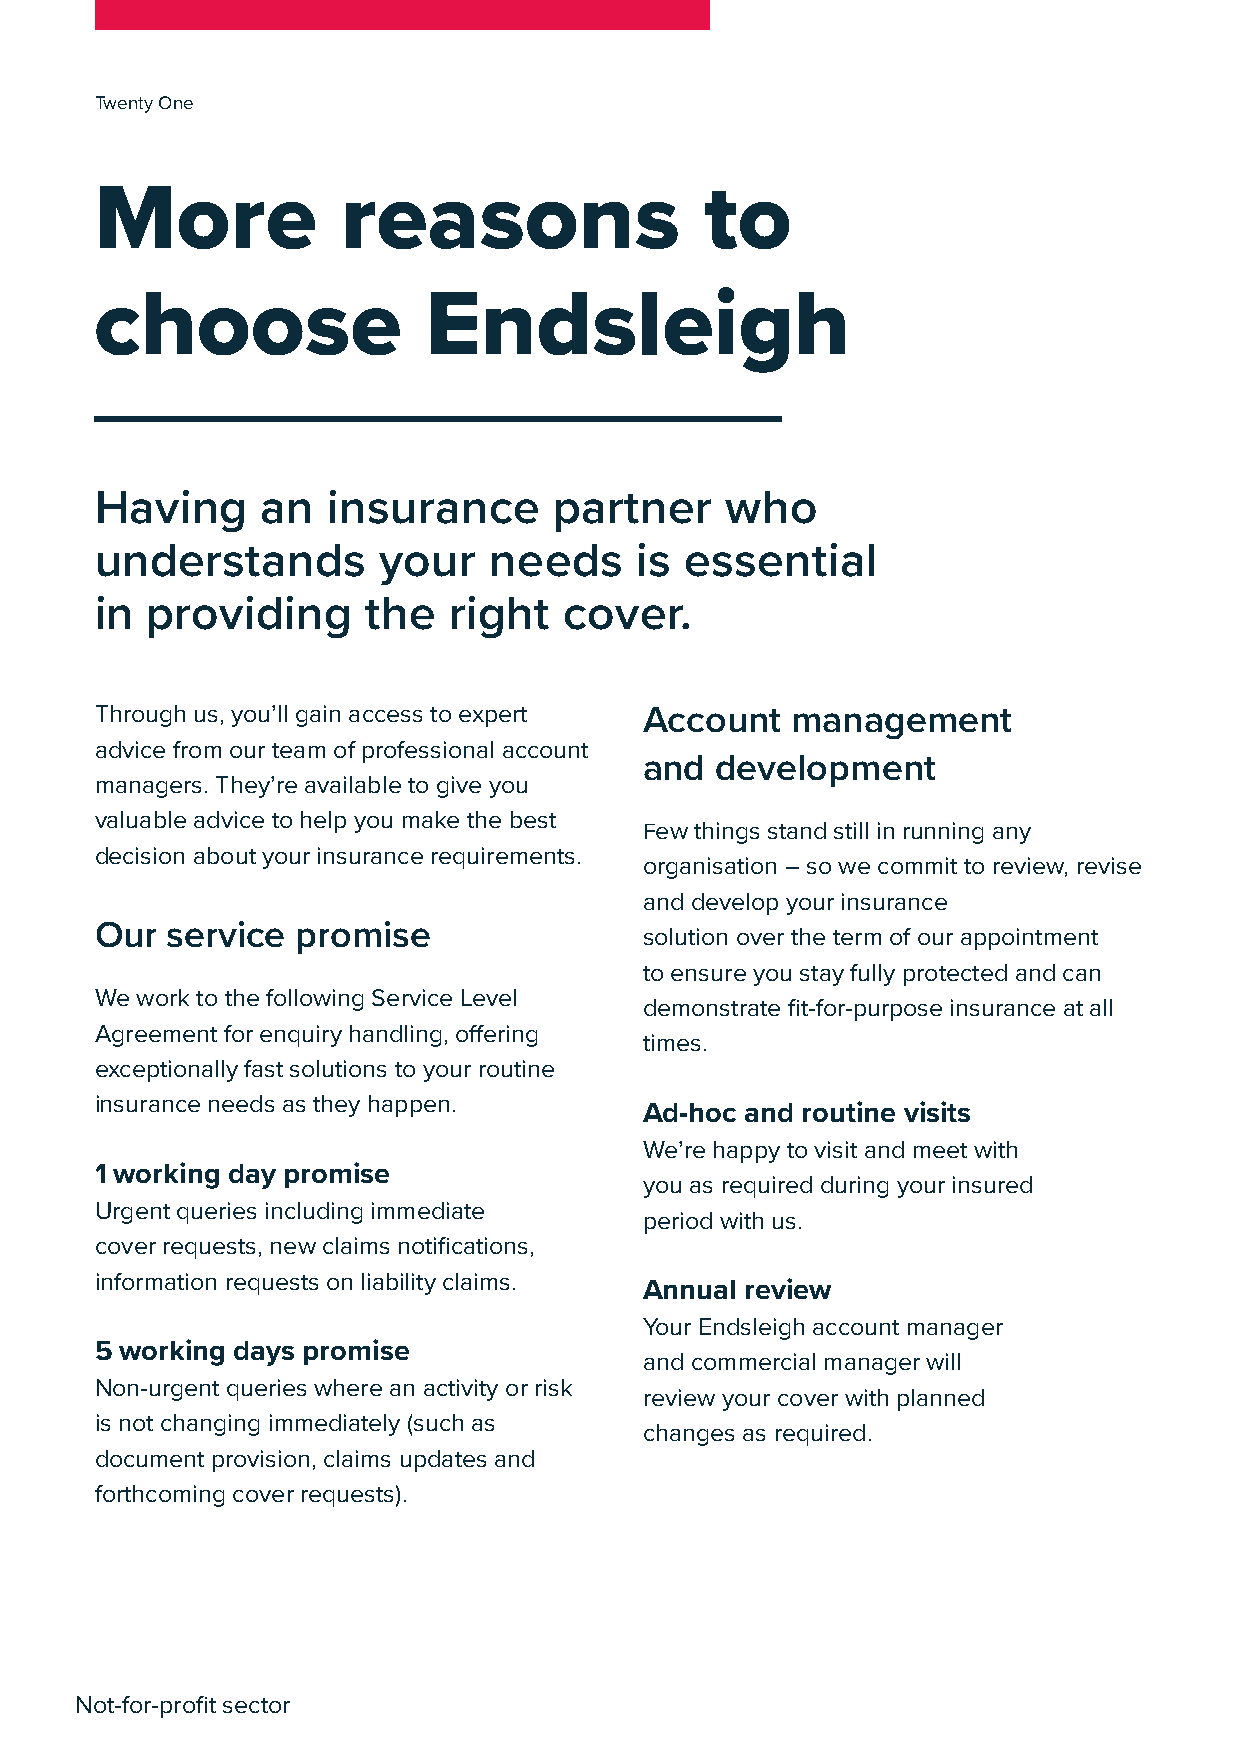
Twenty One
 More             reasons                 to
 choose                Endsleigh
 Having     an   insurance      partner    who
 understands        your   needs     is essential
 in  providing     the   right  cover.
 Through us, you’ll gain access to expert Account management
 advice from our team of professional account
 and development
 managers. They’re available to give you
 valuable advice to help you make the best
 Few things stand still in running any
 decision about your insurance requirements.
 organisation – so we commit to review, revise
 and develop your insurance
 Our  service  promise                solution over the term of our appointment
 to ensure you stay fully protected and can
 We work to the following Service Level
 demonstrate fit-for-purpose insurance at all
 Agreement for enquiry handling, offering
 times.
 exceptionally fast solutions to your routine
 insurance needs as they happen.
 Ad-hoc and routine visits
 We’re happy to visit and meet with
 1 working day promise
 you as required during your insured
 Urgent queries including immediate
 period with us.
 cover requests, new claims notifications,
 information requests on liability claims.
 Annual review
 Your Endsleigh account manager
 5 working days promise
 and commercial manager will
 Non-urgent queries where an activity or risk
 review your cover with planned
 is not changing immediately (such as
 changes as required.
 document provision, claims updates and
 forthcoming cover requests).
 22
 Not-for-profit sector